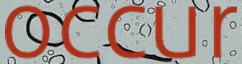
occur